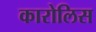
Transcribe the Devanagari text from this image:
कारोलिस